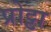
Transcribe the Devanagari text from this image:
प्रोट्टा